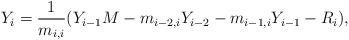
LaTeX: \begin{align*} Y_i = \frac{1}{m_{i,i}}(Y_{i-1}M-m_{i-2,i}Y_{i-2}-m_{i-1,i}Y_{i-1}-R_{i}),\end{align*}